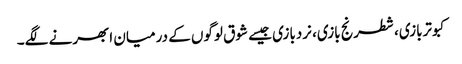
کبوتربازی، شطرنج بازی، نردبازی جیسے شوق لوگوں کے درمیان ابھرنے لگے۔